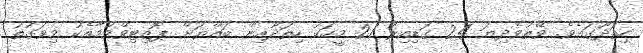
ހިތަދޫގައެވެ. ވޭތުވެދިޔަ 24 ގަޑިއިރު 21 މީހަކު ހިތަދޫއިން ބައްޔަށް ޕޮޒިޓިވްވުމާއެކު މިވަގުތު